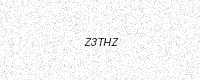
Text: Z3THZ